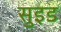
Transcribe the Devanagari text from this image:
सुइड